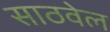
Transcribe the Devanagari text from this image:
साठवेल